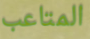
المتاعب